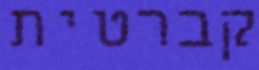
קברטית